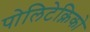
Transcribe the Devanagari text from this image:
पोलिटेक्निको